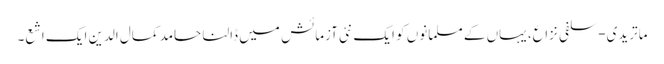
ماتریدی-سلفی نزاع، یہاں کے مسلمانوں کو ایک نئی آزمائش میں ڈالنا حامد کمال الدین ایک اشع۔